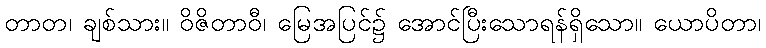
တာတ၊ ချစ်သား။ ဝိဇိတာဝီ၊ မြေအပြင်၌ အောင်ပြီးသောရန်ရှိသော။ ယောပိတာ၊